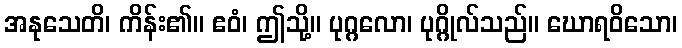
အနုသေတိ၊ ကိန်း၏။ ဧဝံ၊ ဤသို့။ ပုဂ္ဂလော၊ ပုဂ္ဂိုလ်သည်။ ဃောရဝိသော၊